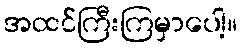
အထင်ကြီးကြမှာပေါ့။